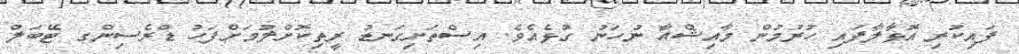
ފައިކުރި އޮޅާލާފައި ހުރުމުން މާއިޝްއާ ނުހަނު ގުޅެއެވެ. އިސްތަށިގަނޑު ރީތިކޮށްލުމަށްފަހު ޑްރެސިންގ ޓޭބަލް